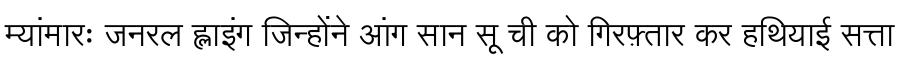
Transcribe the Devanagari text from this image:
म्यांमारः जनरल ह्लाइंग जिन्होंने आंग सान सू ची को गिरफ़्तार कर हथियाई सत्ता